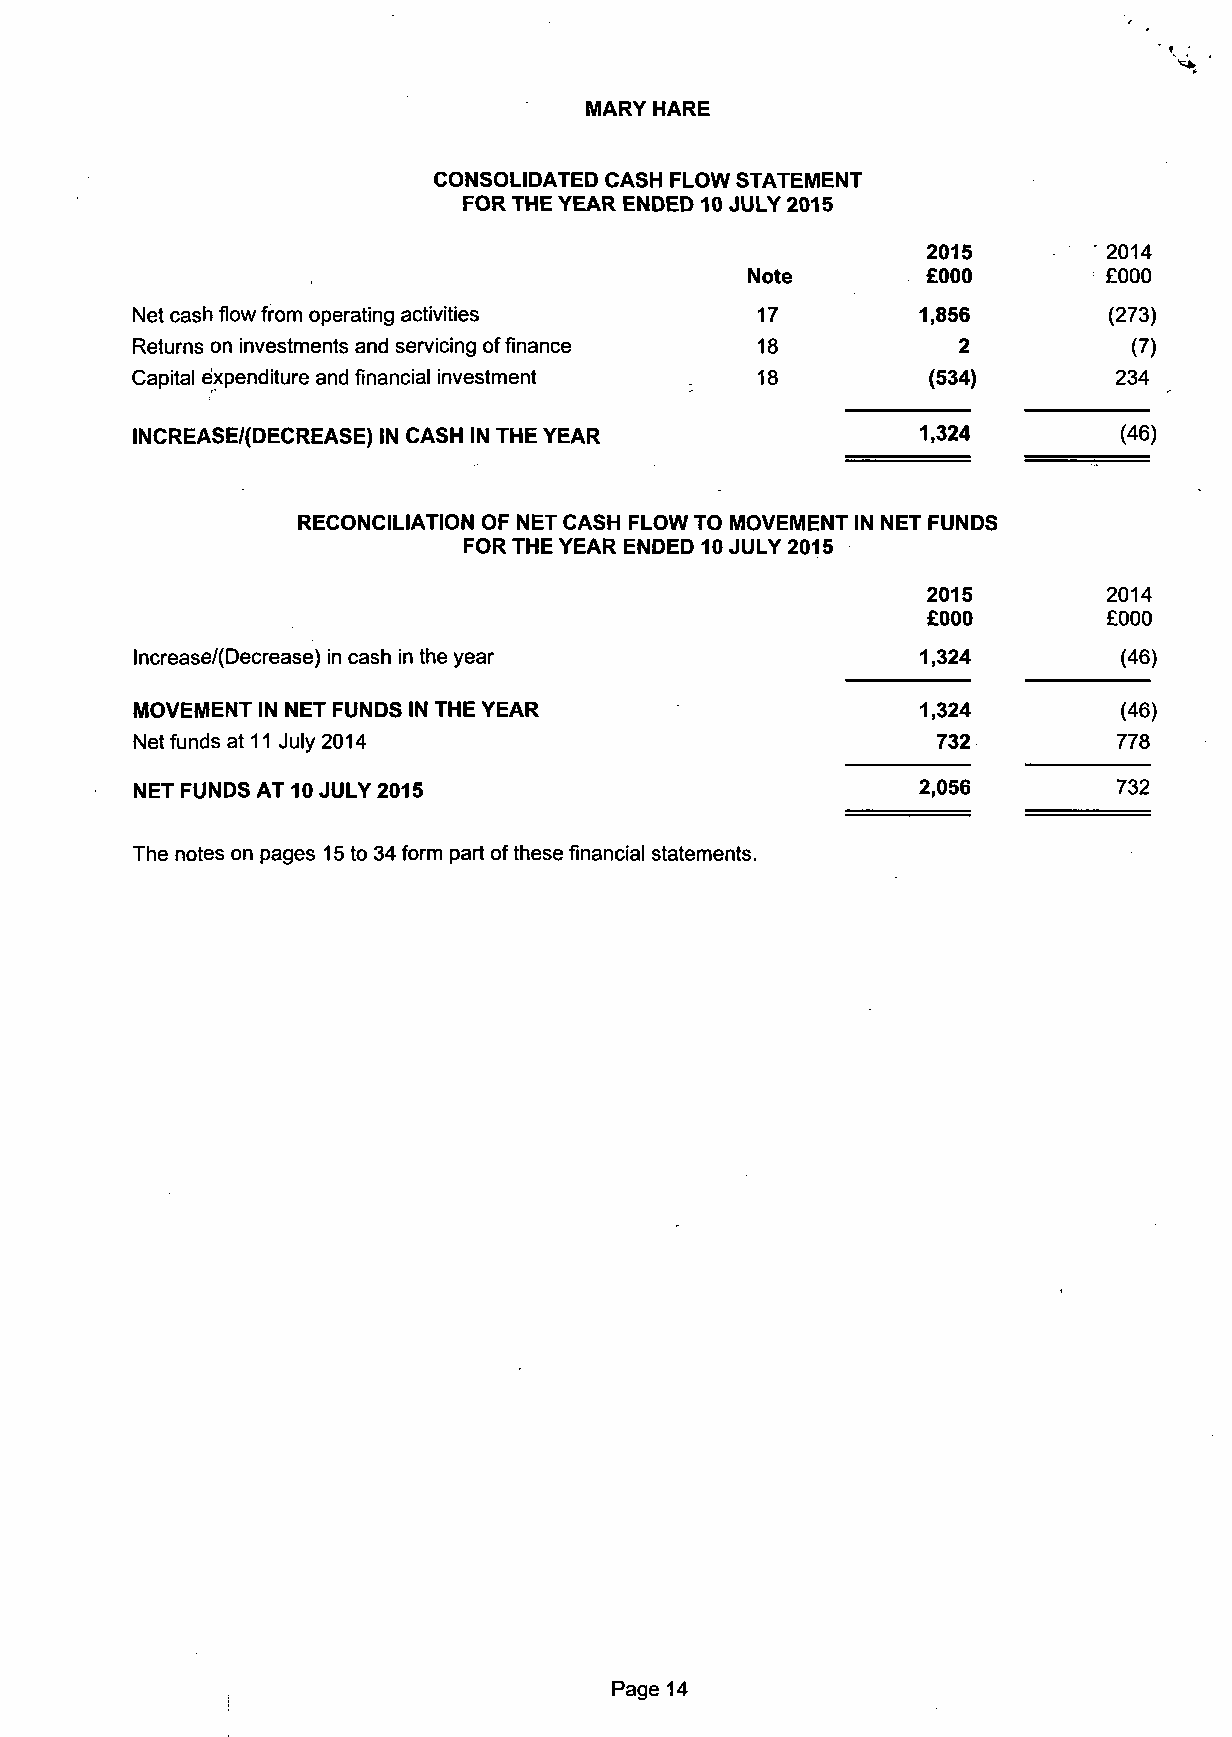
MARY HARE
 CONSOLIDATED CASH FLOW STATEMENT
 FOR THE YEAR ENDED 10 JULY 2015
 2015       ' 2014
 Note        £000        £000
 Net cash flow from operating activities  17         1,856        (273)
 Returns on investments and servicing of finance 18     2          (7)
 Capital expenditure and financial investment 18      (534)       234
 INCREASE/(DECREASE) IN CASH IN THE YEAR             1,324        (46)
 RECONCILIATION OF NET CASH FLOW TO MOVEMENT IN NET FUNDS
 FOR THE YEAR ENDED 10 JULY 2015
 2015         2014
 £000        £000
 Increased Decrease) in cash in the year             1,324        (46)
 MOVEMENT IN NET FUNDS IN THE YEAR                   1,324        (46)
 Net funds at 11 July 2014                            732         778
 NET FUNDS AT 10 JULY 2015                           2,056        732
 The notes on pages 15 to 34 form part of these financial statements.
 Page 14